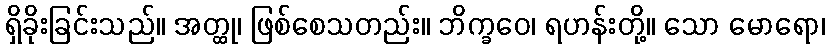
ရှိခိုးခြင်းသည်။ အတ္ထု၊ ဖြစ်စေသတည်း။ ဘိက္ခဝေ၊ ရဟန်းတို့။ သော မောရော၊